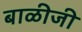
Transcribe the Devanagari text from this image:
बाळीजी